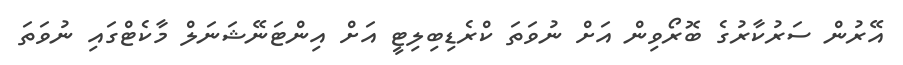
އޭރުން ސަރުކާރުގެ ބޮރޯވިން އަށް ނުވަތަ ކްރެޑިބިލިޓީ އަށް އިންޓަނޭޝަނަލް މާކެޓްގައި ނުވަތަ